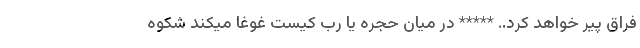
فراق پیر خواهد کرد.. ***** در میان حجره یا رب کیست غوغا میکند شکوه